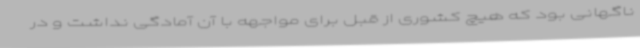
ناگهانی بود که هیچ کشوری از قبل برای مواجهه با آن آمادگی نداشت و در